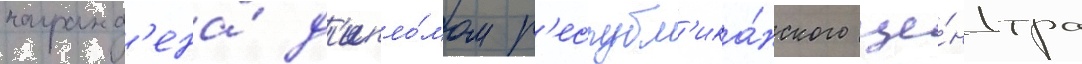
награжд'ена́ д'ипло́мом р'еспубл'ика́нского це́нтра